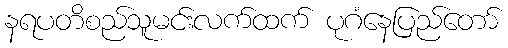
နရပတိစည်သူမင်းလက်ထက် ပုဂံနေပြည်တော်